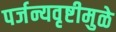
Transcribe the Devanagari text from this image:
पर्जन्यवृष्टीमुळे